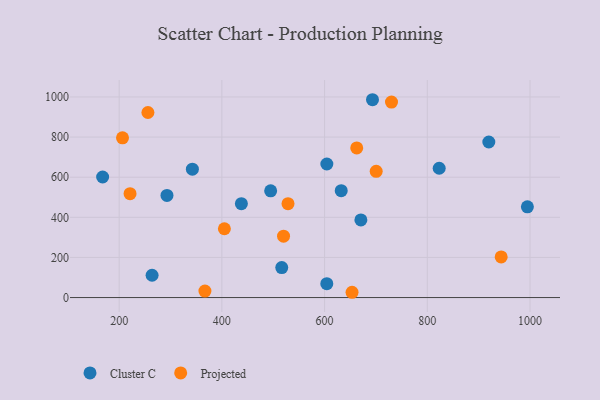
{"axis": {"x": "Speed", "y": "Fuel Efficiency"}, "legend": ["Cluster C", "Projected"], "data": [{"x": "342.6", "y": 640.0, "type": "Cluster C"}, {"x": "604.4", "y": 665.8, "type": "Cluster C"}, {"x": "604.3", "y": 69.4, "type": "Cluster C"}, {"x": "438.0", "y": 468.0, "type": "Cluster C"}, {"x": "670.7", "y": 387.2, "type": "Cluster C"}, {"x": "264.1", "y": 111.1, "type": "Cluster C"}, {"x": "693.3", "y": 986.2, "type": "Cluster C"}, {"x": "632.4", "y": 533.0, "type": "Cluster C"}, {"x": "167.8", "y": 601.0, "type": "Cluster C"}, {"x": "293.1", "y": 509.0, "type": "Cluster C"}, {"x": "516.6", "y": 149.2, "type": "Cluster C"}, {"x": "495.0", "y": 531.9, "type": "Cluster C"}, {"x": "994.9", "y": 452.1, "type": "Cluster C"}, {"x": "919.8", "y": 775.4, "type": "Cluster C"}, {"x": "823.2", "y": 644.7, "type": "Cluster C"}, {"x": "221.2", "y": 518.0, "type": "Projected"}, {"x": "653.5", "y": 26.3, "type": "Projected"}, {"x": "404.9", "y": 343.1, "type": "Projected"}, {"x": "662.6", "y": 746.0, "type": "Projected"}, {"x": "943.9", "y": 202.7, "type": "Projected"}, {"x": "700.5", "y": 629.4, "type": "Projected"}, {"x": "528.8", "y": 468.2, "type": "Projected"}, {"x": "520.1", "y": 306.2, "type": "Projected"}, {"x": "256.0", "y": 922.6, "type": "Projected"}, {"x": "367.0", "y": 32.1, "type": "Projected"}, {"x": "206.5", "y": 796.3, "type": "Projected"}, {"x": "730.3", "y": 974.4, "type": "Projected"}]}